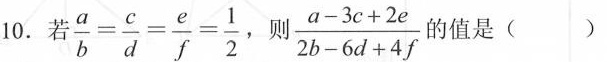
10.表 \frac{a}{b}= \frac{c}{d}= \frac{e}{f}= \frac{1}{2} ，则 \frac{a-3c+2e}{2b-6d+4f} 的值是()